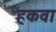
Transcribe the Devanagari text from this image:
हकवा